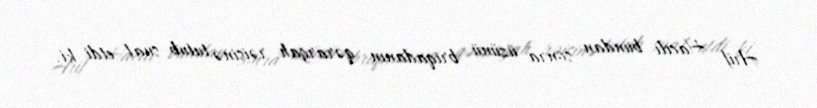
Arif Hacılı bundan sonra üzünü briqadanın qərargah rəisinə tutub sual etdi ki,